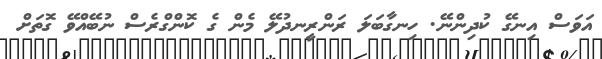
އަވަސް އިނގޭ ކުދިންނޭ. ހިނގާބަލަ ރަންރީނދުލޭ މެން ގެ ކޮންގްރެސް ނުބޭއްވޭ ގޮތަށް